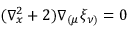
( \nabla _ { x } ^ { 2 } + 2 ) \nabla _ { ( \mu } \xi _ { \nu ) } = 0